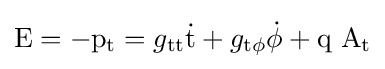
{\rm {E=-p_{t}}}=g_{\rm {tt}}{\rm {\dot {t}}}+g_{\rm {t\phi }}{\rm {\dot {\phi }}}+{\rm {q\ A_{t}}}